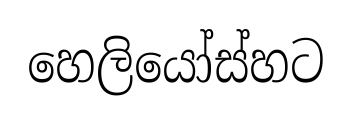
හෙලියෝස්හට